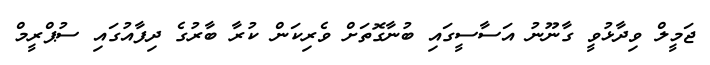
ޖަމީލް ވިދާޅުވީ ގާނޫނު އަސާސީގައި ބުނާގޮތަށް ވެރިކަން ކުރާ ބާރުގެ ދިފާއުގައި ސުޕްރީމް